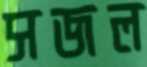
সজল